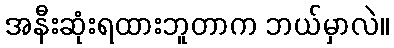
အနီးဆုံးရထားဘူတာက ဘယ်မှာလဲ။